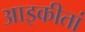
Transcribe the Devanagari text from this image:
आइकीतां